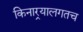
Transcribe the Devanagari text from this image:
किनार्‍यालगतच